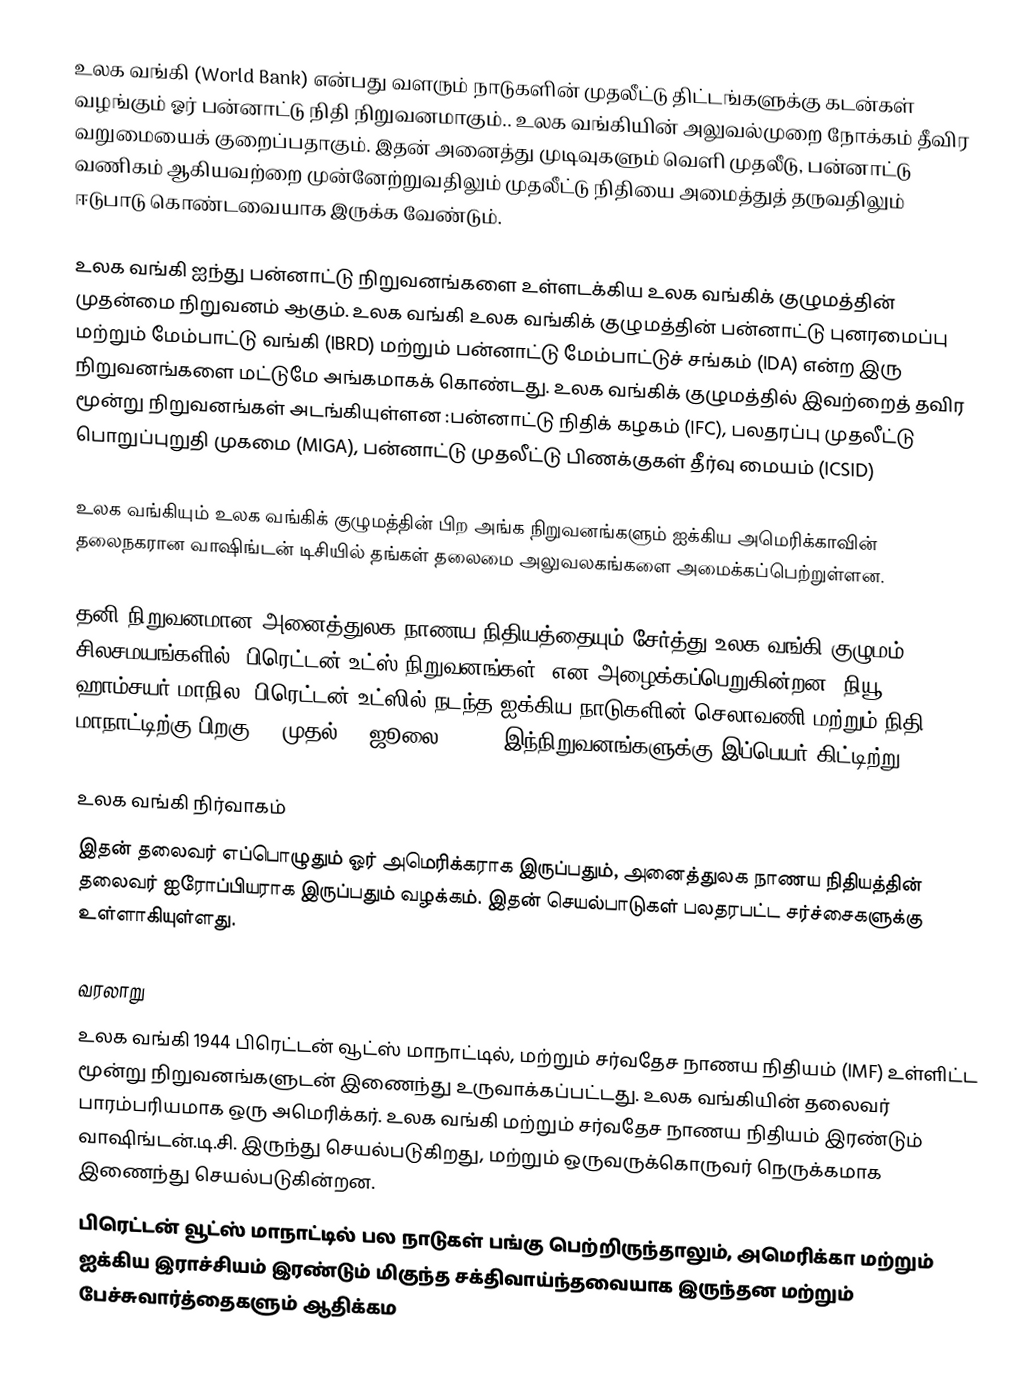
உலக வங்கி  (World Bank) என்பது வளரும் நாடுகளின் முதலீட்டு திட்டங்களுக்கு கடன்கள் வழங்கும் ஓர் பன்னாட்டு நிதி நிறுவனமாகும்.. உலக வங்கியின் அலுவல்முறை நோக்கம் தீவிர வறுமையைக் குறைப்பதாகும். இதன் அனைத்து முடிவுகளும் வெளி முதலீடு, பன்னாட்டு வணிகம் ஆகியவற்றை முன்னேற்றுவதிலும் முதலீட்டு நிதியை அமைத்துத் தருவதிலும் ஈடுபாடு கொண்டவையாக இருக்க வேண்டும்.

உலக வங்கி ஐந்து பன்னாட்டு நிறுவனங்களை உள்ளடக்கிய உலக வங்கிக் குழுமத்தின் முதன்மை நிறுவனம் ஆகும். உலக வங்கி உலக வங்கிக் குழுமத்தின் பன்னாட்டு புனரமைப்பு மற்றும் மேம்பாட்டு வங்கி (IBRD) மற்றும் பன்னாட்டு மேம்பாட்டுச் சங்கம் (IDA) என்ற இரு நிறுவனங்களை மட்டுமே அங்கமாகக் கொண்டது. உலக வங்கிக் குழுமத்தில் இவற்றைத் தவிர மூன்று நிறுவனங்கள் அடங்கியுள்ளன :பன்னாட்டு நிதிக் கழகம் (IFC), பலதரப்பு முதலீட்டு பொறுப்புறுதி முகமை (MIGA), பன்னாட்டு முதலீட்டு பிணக்குகள் தீர்வு மையம் (ICSID)

உலக வங்கியும் உலக வங்கிக் குழுமத்தின் பிற அங்க நிறுவனங்களும் ஐக்கிய அமெரிக்காவின் தலைநகரான வாஷிங்டன் டிசியில் தங்கள் தலைமை அலுவலகங்களை அமைக்கப்பெற்றுள்ளன.

தனி நிறுவனமான அனைத்துலக நாணய நிதியத்தையும் சேர்த்து உலக வங்கி குழுமம், சிலசமயங்களில் "பிரெட்டன் உட்ஸ் நிறுவனங்கள்" என அழைக்கப்பெறுகின்றன. நியூ ஹாம்சயர் மாநில, பிரெட்டன் உட்ஸில் நடந்த ஐக்கிய நாடுகளின் செலாவணி மற்றும் நிதி மாநாட்டிற்கு பிறகு (1 முதல் 22 ஜூலை, 1944) இந்நிறுவனங்களுக்கு இப்பெயர் கிட்டிற்று.

உலக வங்கி நிர்வாகம்
இதன் தலைவர் எப்பொழுதும் ஓர் அமெரிக்கராக இருப்பதும், அனைத்துலக நாணய நிதியத்தின் தலைவர் ஐரோப்பியராக இருப்பதும் வழக்கம். இதன் செயல்பாடுகள் பலதரபட்ட சர்ச்சைகளுக்கு உள்ளாகியுள்ளது.

வரலாறு
உலக வங்கி 1944 பிரெட்டன் வூட்ஸ் மாநாட்டில், மற்றும் சர்வதேச நாணய நிதியம் (IMF) உள்ளிட்ட மூன்று நிறுவனங்களுடன் இணைந்து உருவாக்கப்பட்டது. உலக வங்கியின் தலைவர் பாரம்பரியமாக ஒரு அமெரிக்கர். உலக வங்கி மற்றும் சர்வதேச நாணய நிதியம் இரண்டும் வாஷிங்டன்.டி.சி. இருந்து செயல்படுகிறது, மற்றும் ஒருவருக்கொருவர் நெருக்கமாக இணைந்து செயல்படுகின்றன.
பிரெட்டன் வூட்ஸ் மாநாட்டில் பல நாடுகள் பங்கு பெற்றிருந்தாலும், அமெரிக்கா மற்றும் ஐக்கிய இராச்சியம் இரண்டும் மிகுந்த சக்திவாய்ந்தவையாக இருந்தன மற்றும் பேச்சுவார்த்தைகளும் ஆதிக்கம